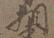
相